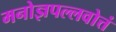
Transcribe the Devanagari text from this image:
मनोज्ञपल्लवोत्तं